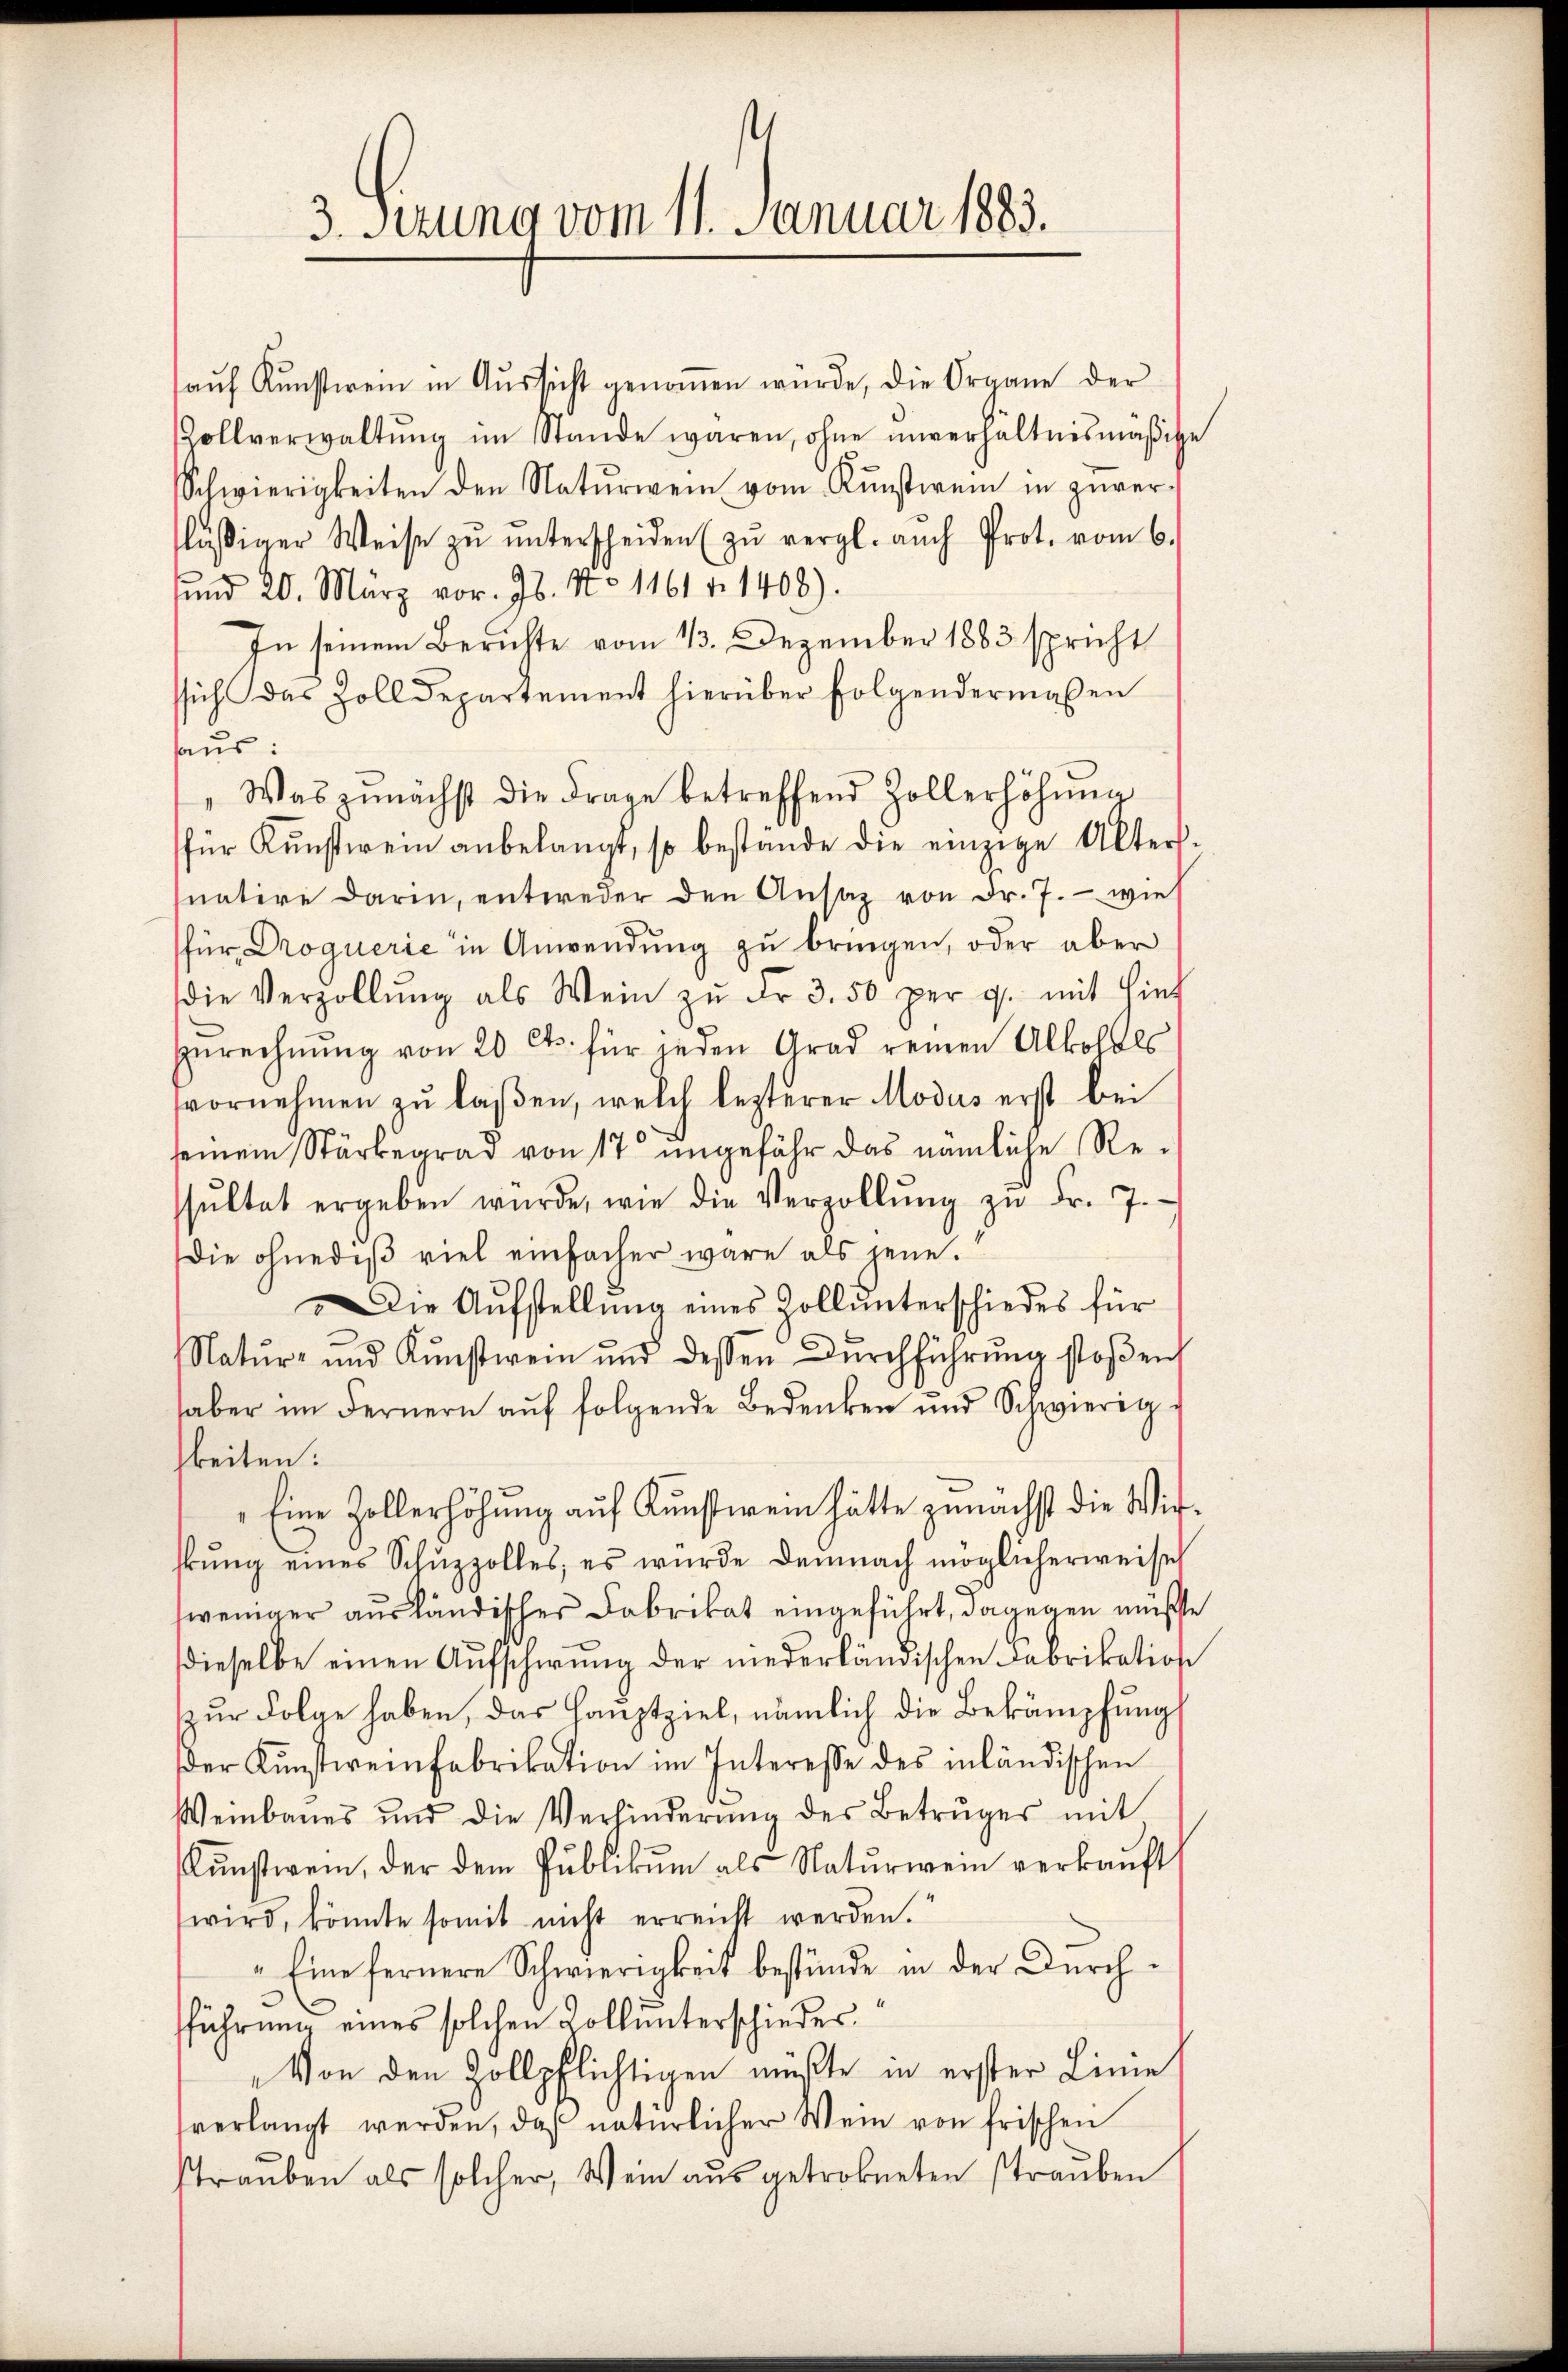
3. Setzung vom 11. Januar 1883.

aŭf Kŭnstwein in Aŭssicht genoṁen würde, die Organe der
Zollverwaltŭng im Stande waren, ohne unverhältnismäβige
Schwierigkeiten den Natŭrwein vom Kŭnstwein in zuver-
lässiger Weise zŭ ŭnterscheiden (zŭ vergl. auch Prot. vom 6.
sund 20. März vor. Js. No 1161 f. 1408).
In seinem Berichte vom 13. Dezember 1883 spricht
ssich das Zolldepartement hierüber folgendermaßen
aus:
Was zunächst die Frage betreffend Zollerhöhŭng
für Kŭnsterein anbelangt, so bestände die einzige Alters-
natire darin, entweder den Ansaz von Fr. 7. - wie
für Droquerie in Anwendung zu bringen, oder aber
die Verzollŭng als Wein zŭ Fr. 3. 50 per p. mit Hinf
Zurechnŭng von 20 Cts. für jeden Grad reinen Alkohals
vornehmen zŭ lasen, welch lezterer Modus erst bei
seinem Stärkegrad von 17 ungefähr das nämliche Re-
ssŭltat ergeben würde, wie die Verzollŭng zŭ Fr. 7.
die ohnedeβ viel einfacher wäre als jene.
Die Aŭfstellŭng eines Zoll ŭnterschiedes für
Natŭr- und Kŭnstwein und dessen Dŭrchführŭng stoβen
haber im Fernern auf folgende Bedenken und Schwierig
keiten:
Eine Zollerhöhung auf Kunstwein hätte zunächst die Wishŭng eines Schŭzzolles, es wurde demnach möglicherweise
weniger ausländischer Fabrikat eingeführt, dagegen müßte
dieselbe einen Aŭfschwung der niederländischen Fabrikation
zur Folge haben, das Hauptziel, nämlich die Bekämpfung
der Künstweinfabrikation im Interesse des inländischen
Weinbaues und die Verhinderŭng des Betruges mit
Kŭnstwein, der dem Publikŭm als Natŭrwein verkaŭft
wird, könnte somit nicht erreicht werden.
„Eine fernere Schwierigkeit bestünde in der Durchfführung eines solchen Koll unterschiedes.
Von den Zollpflichtigen müßte in erster Linie
fverlangt werden, daß natürlicher Wein von frischen
trauben als solcher, Wein aus getrokneten strauben